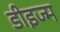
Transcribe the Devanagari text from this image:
डीइज्म